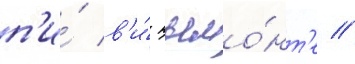
п'и́ в'и́ пьемо́нт'е //